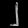
Digit: ၂